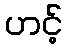
ဟင့်